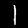
Label: 1